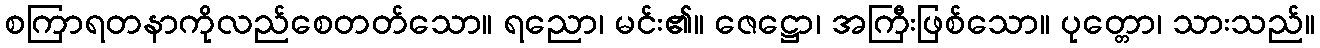
စကြာရတနာကိုလည်စေတတ်သော။ ရညော၊ မင်း၏။ ဇေဋ္ဌော၊ အကြီးဖြစ်သော။ ပုတ္တော၊ သားသည်။